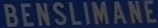
BENSILIMANE